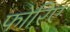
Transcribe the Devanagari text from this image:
फोरिए